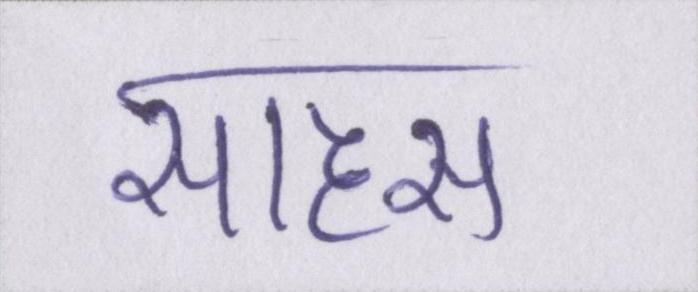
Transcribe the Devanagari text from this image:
साहस